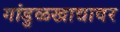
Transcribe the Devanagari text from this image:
गांडुळखाद्यावर